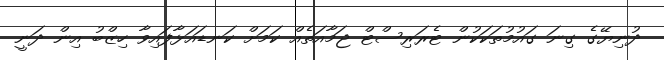
ދުނިޔޭގެ ގިނަ ގައުމުތަކަކުން ޓެރަރިސްޓް ޖަމާއަތެއް ކަމަށް ކަނޑައަޅާފައިވާ ހިޒްބު އިން ދަނީ